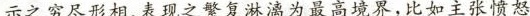
示之穷尽形相、表现之繁复淋搞为最高境界,比如主张愤怒